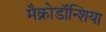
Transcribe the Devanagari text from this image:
मैक्रोडॉन्शिया